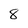
Character: 8